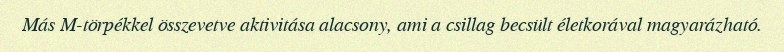
Más M-törpékkel összevetve aktivitása alacsony, ami a csillag becsült életkorával magyarázható.